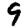
Digit: 9